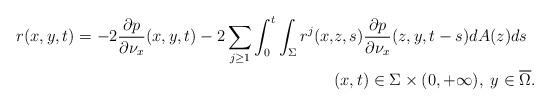
LaTeX: \begin{align*}r(x,y,t)=-2\frac{\partial p}{\partial \nu _x}(x,y,t) -2\sum_{j\geq 1}\int_0^t\int_\Sigma r^j(x,&z,s)\frac{\partial p}{\partial \nu _x}(z,y,t-s)dA(z)ds\\ &(x,t)\in \Sigma \times (0,+\infty ), \; y\in \overline{\Omega}.\end{align*}